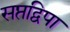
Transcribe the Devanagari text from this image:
सप्तद्विपा